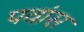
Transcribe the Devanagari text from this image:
पवांस